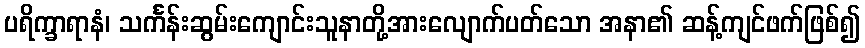
ပရိက္ခာရာနံ၊ သင်္ကန်းဆွမ်းကျောင်းသူနာတို့အားလျောက်ပတ်သော အနာ၏ ဆန့်ကျင်ဖက်ဖြစ်၍